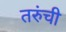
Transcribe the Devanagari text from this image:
तरुंची